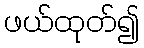
ဖယ်ထုတ်၍